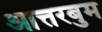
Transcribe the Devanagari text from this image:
आत्तरबुम